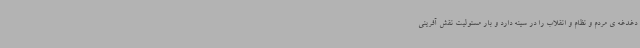
دغدغه ی مردم و نظام و انقلاب را در سینه دارد و بار مسئولیت نقش آفرینی